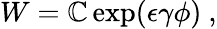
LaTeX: W=\mathbb{C}\exp(\epsilon\gamma\phi)~,